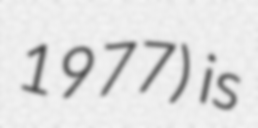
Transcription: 1977) is